Vaccination in Bombay 1874-1876 - 1874-1876
Year: 1874
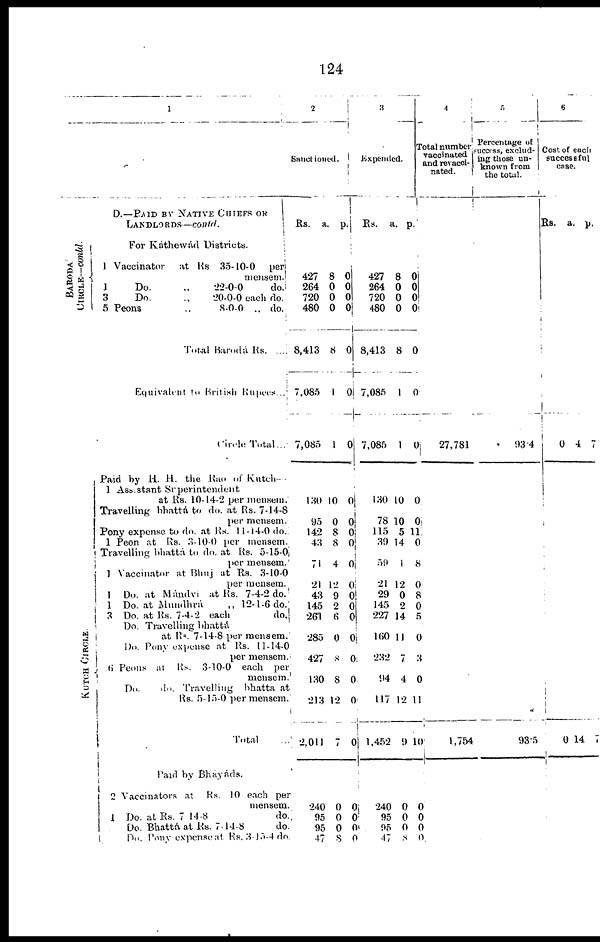
124
1
D.—PAID BY NATIVE CHIEFS OR
LANDLORDS—contd.
BARODA
CIRCLE—contd.
KUTCH CIRCLE.
For Kathewád Districts.
Vaccinator
at Rs 35-10-0
per
mensem.
1
Do.
„
22-0-0
do.
3
Do.
„
20-0-0 each do.
5 Peons
„
8-0-0 „ do.
Total Barodá Rs. ....
Equivalent to British Rupees...
Circle Total...
Paid by H. H. the Rao of Kutch-
1 Assistant Superintendent
at Rs. 10-14-2 per mensem.
Travelling bhattá to do. at Rs. 7-14-8
per mensem.
Pony expense to do. at Rs. 11-14-0 do.
1 Peon at Rs. 3-10-0 per mensem.
Travelling bhattá to do. at Rs. 5-15-0
per mensem.
1 Vaccinator at Bhuj at Rs. 3-10-0
per mensem.
1 Do. at Mándvi at Rs. 7-4-2 do.
1 Do. at Mundhrá
„ 12-1-6 do.
3 Do. at Rs. 7-4-2 each
do.
Do. Travelling bhattá
at Rs. 7-14-8 per mensem.
Do. Pony expense at
Rs. 11-14-0
per mensem.
6 Peons at
Rs. 3-10-0 each
per
mensem.
Do.
do. Travelling bhattá at
Rs. 5-15-0 per mensem.
Total ...
Paid by Bháyáds.
2 Vaccinators at
Rs. 10 each per
mensem.
1 Do. at Rs 7-14-8 do.
Do. Bhattá at Rs. 7-14-8
do.
Do. Pony expense at Rs. 3-15-4 do.
2
Sanctioned.
Rs.
427
264
720
480
8,413
7,085
7,085
130
95
142
43
71
21
43
145
261
285
427
130
213
2,011
240
95
95
47
a.
8
0
0
0
8
1
1
10
0
8
8
4
12
9
2
6
0
8
8
12
7
0
0
0
8
p.
0
0
0
0
0
0
0
0
0
0
0
0
0
0
0
0
0
0
0
0
0
0
0
0
0
3
Expended.
Rs.
427
264
720
480
8,413
7,085
7,085
130
78
115
39
59
21
29
145
227
160
232
94
117
1,452
240
95
95
47
a.
8
0
0
0
8
1
1
10
10
5
14
1
12
0
2
14
11
7
4
12
9
0
0
0
8
p.
0
0
0
0
0
0
0
0
0
11
0
8
0
8
0
5
0
3
0
11
10
0
0
0
0
4
Total number
vaccinated
and revacci¬
nated.
27,781
1,754
5
Percentage of
success, exclud-
ing those un-
known from
the total.
93.4
93.5
6
Cost of each
successful
case.
Rs.
0
0
a.
4
14
p.
7
1